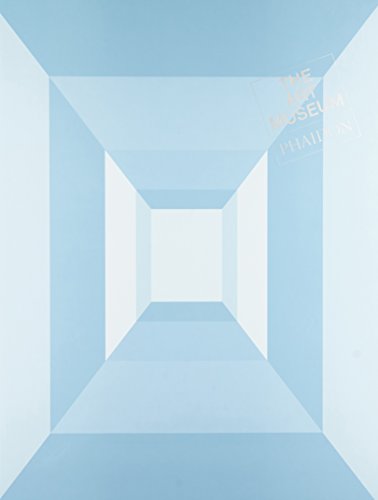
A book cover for The Art Museum; Phaidon Press; Arts & Photography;